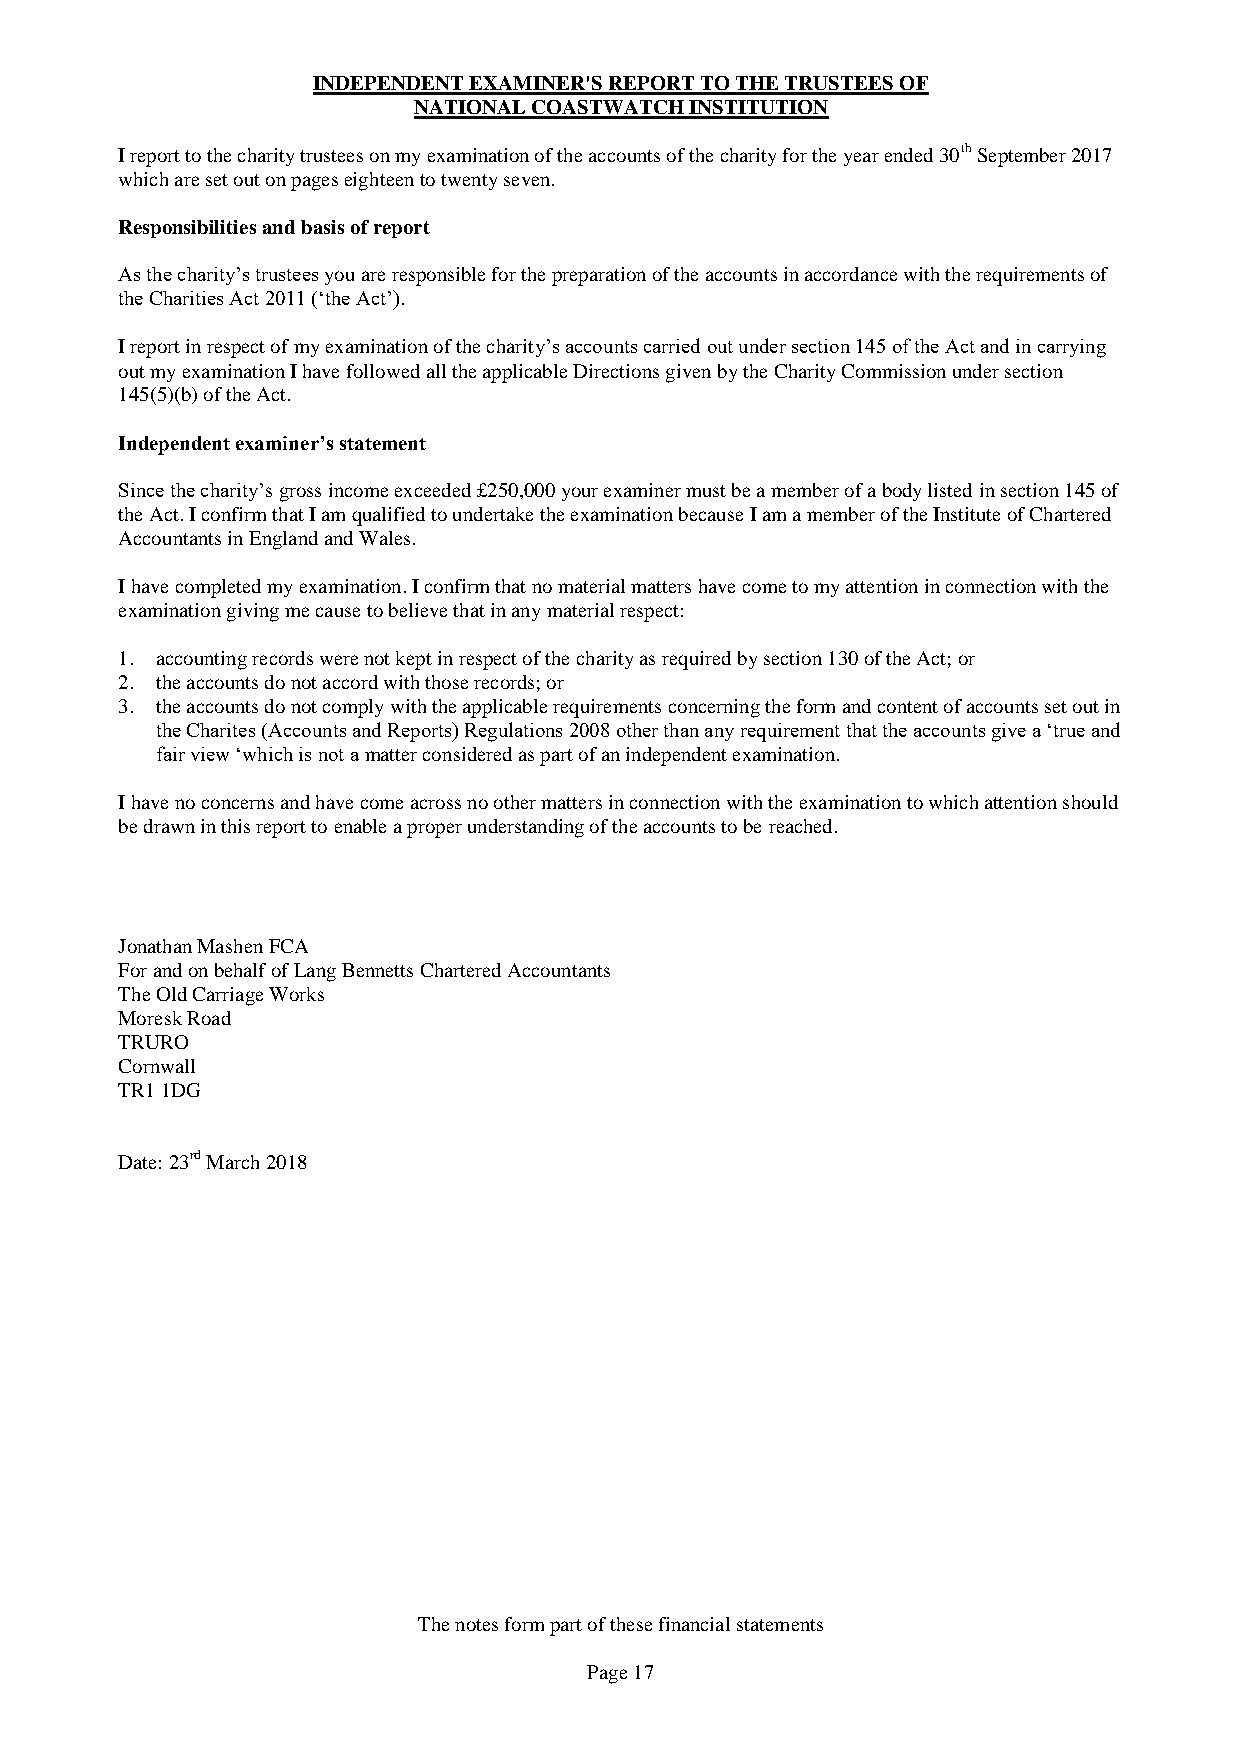
INDEPENDENT EXAMINER'S REPORT TO THE TRUSTEES OF
 NATIONAL COASTWATCH INSTITUTION
 I report to the charity trustees on my examination of the accounts of the charity for the year ended 30th September 2017
 which are set out on pages eighteen to twenty seven.
 Responsibilities and basis of report
 As the charity’s trustees you are responsible for the preparation of the accounts in accordance with the requirements of
 the Charities Act 2011 (‘the Act’).
 I report in respect of my examination of the charity’s accounts carried out under section 145 of the Act and in carrying
 out my examination I have followed all the applicable Directions given by the Charity Commission under section
 145(5)(b) of the Act.
 Independent examiner’s statement
 Since the charity’s gross income exceeded £250,000 your examiner must be a member of a body listed in section 145 of
 the Act. I confirm that I am qualified to undertake the examination because I am a member of the Institute of Chartered
 Accountants in England and Wales.
 I have completed my examination. I confirm that no material matters have come to my attention in connection with the
 examination giving me cause to believe that in any material respect:
 1. accounting records were not kept in respect of the charity as required by section 130 of the Act; or
 2. the accounts do not accord with those records; or
 3. the accounts do not comply with the applicable requirements concerning the form and content of accounts set out in
 the Charites (Accounts and Reports) Regulations 2008 other than any requirement that the accounts give a ‘true and
 fair view ‘which is not a matter considered as part of an independent examination.
 I have no concerns and have come across no other matters in connection with the examination to which attention should
 be drawn in this report to enable a proper understanding of the accounts to be reached.
 Jonathan Mashen FCA
 For and on behalf of Lang Bennetts Chartered Accountants
 The Old Carriage Works
 Moresk Road
 TRURO
 Cornwall
 TR1 1DG
 Date: 23rd March 2018
 The notes form part of these financial statements
 Page 17